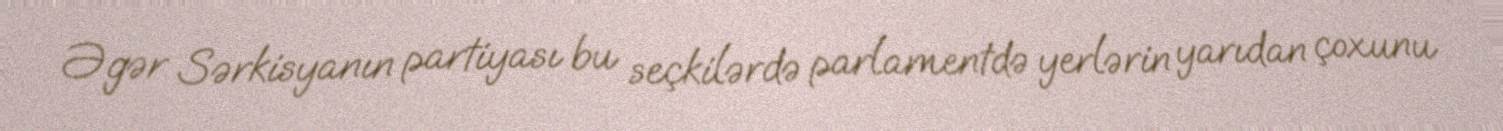
Əgər Sərkisyanın partiyası bu seçkilərdə parlamentdə yerlərin yarıdan çoxunu